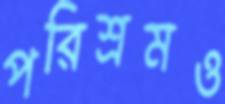
পরিশ্রমও